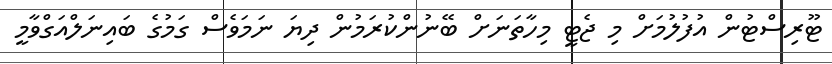
ޓޫރިސްޓުން އުފުލުމަށް މި ޖެޓީ މިހާތަނަށް ބޭނުންކުރަމުން ދިޔަ ނަމަވެސް ގަމުގެ ބައިނަލްއަގްވާމީ